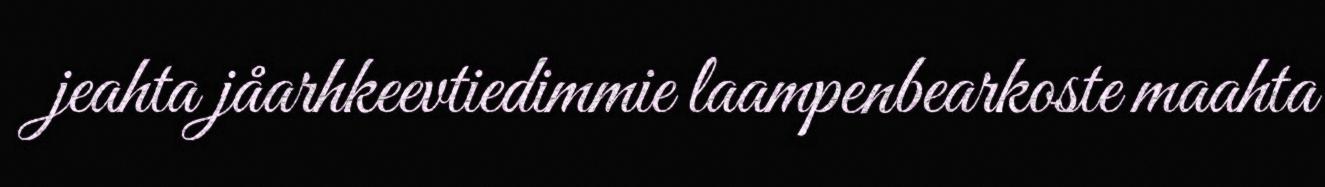
jeahta jåarhkeevtiedimmie laampenbearkoste maahta